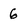
Character: 6